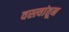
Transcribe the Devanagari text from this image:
वस्त्यांतून